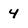
Character: 4